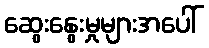
ဆွေးနွေးမှုများအပေါ်